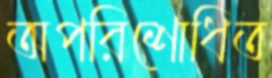
অপরিশোধিত